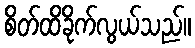
စိတ်ထိခိုက်လွယ်သည်။